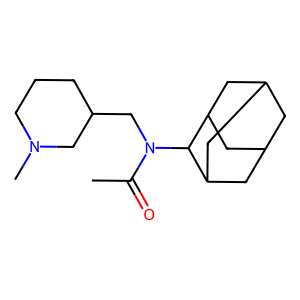
SMILES: CC(=O)N(CC1CCCN(C)C1)C1C2CC3CC(C2)CC1C3
Inhibits HIV replication: No